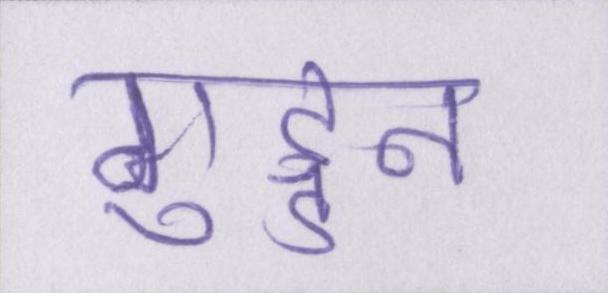
गुड्डन